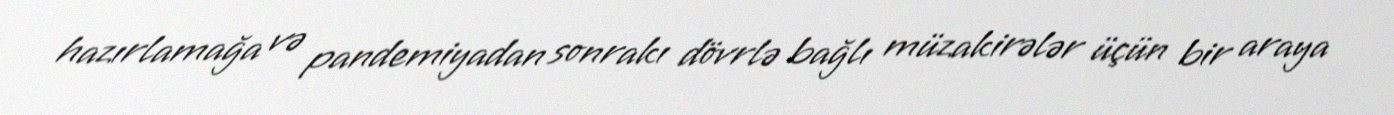
hazırlamağa və pandemiyadan sonrakı dövrlə bağlı müzakirələr üçün bir araya